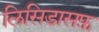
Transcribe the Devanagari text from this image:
लिसिडासफ़